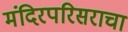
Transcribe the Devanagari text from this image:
मंदिरपरिसराचा